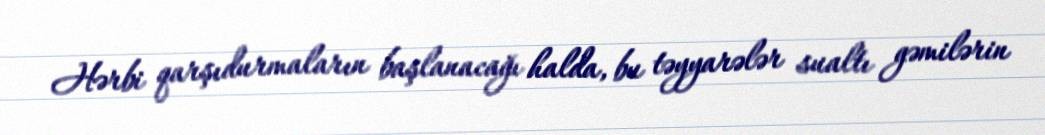
Hərbi qarşıdurmaların başlanacağı halda, bu təyyarələr sualtı gəmilərin